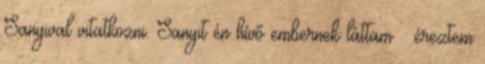
Sanyival vitatkozni. Sanyit én hívő embernek láttam – éreztem